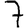
Digit: 7